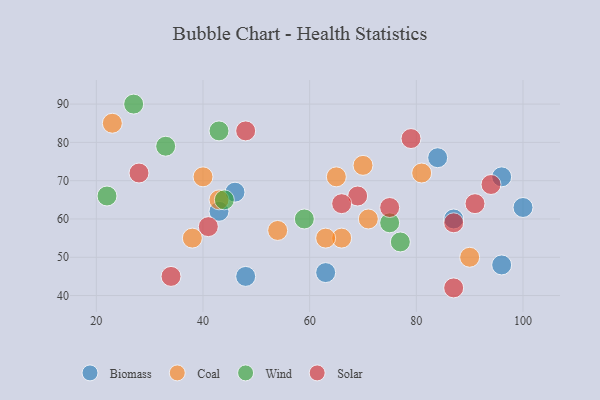
{"axis": {"x": "GDP", "y": "Life Expectancy"}, "legend": ["Biomass", "Coal", "Solar", "Wind"], "data": [{"x": "43", "y": 62, "type": "Biomass"}, {"x": "63", "y": 46, "type": "Biomass"}, {"x": "84", "y": 76, "type": "Biomass"}, {"x": "96", "y": 48, "type": "Biomass"}, {"x": "96", "y": 71, "type": "Biomass"}, {"x": "100", "y": 63, "type": "Biomass"}, {"x": "46", "y": 67, "type": "Biomass"}, {"x": "48", "y": 45, "type": "Biomass"}, {"x": "87", "y": 60, "type": "Biomass"}, {"x": "38", "y": 55, "type": "Coal"}, {"x": "40", "y": 71, "type": "Coal"}, {"x": "23", "y": 85, "type": "Coal"}, {"x": "65", "y": 71, "type": "Coal"}, {"x": "66", "y": 55, "type": "Coal"}, {"x": "70", "y": 74, "type": "Coal"}, {"x": "43", "y": 65, "type": "Coal"}, {"x": "81", "y": 72, "type": "Coal"}, {"x": "90", "y": 50, "type": "Coal"}, {"x": "63", "y": 55, "type": "Coal"}, {"x": "54", "y": 57, "type": "Coal"}, {"x": "71", "y": 60, "type": "Coal"}, {"x": "44", "y": 65, "type": "Wind"}, {"x": "75", "y": 59, "type": "Wind"}, {"x": "33", "y": 79, "type": "Wind"}, {"x": "77", "y": 54, "type": "Wind"}, {"x": "27", "y": 90, "type": "Wind"}, {"x": "22", "y": 66, "type": "Wind"}, {"x": "43", "y": 83, "type": "Wind"}, {"x": "59", "y": 60, "type": "Wind"}, {"x": "34", "y": 45, "type": "Solar"}, {"x": "91", "y": 64, "type": "Solar"}, {"x": "28", "y": 72, "type": "Solar"}, {"x": "79", "y": 81, "type": "Solar"}, {"x": "87", "y": 42, "type": "Solar"}, {"x": "69", "y": 66, "type": "Solar"}, {"x": "66", "y": 64, "type": "Solar"}, {"x": "41", "y": 58, "type": "Solar"}, {"x": "94", "y": 69, "type": "Solar"}, {"x": "87", "y": 59, "type": "Solar"}, {"x": "48", "y": 83, "type": "Solar"}, {"x": "75", "y": 63, "type": "Solar"}]}